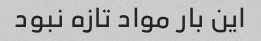
این بار مواد تازه نبود